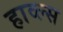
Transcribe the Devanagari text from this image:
हाव्ल्स